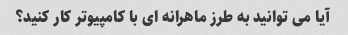
آیا می توانید به طرز ماهرانه ای با کامپیوتر کار کنید؟